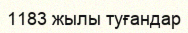
1183 жылы туғандар